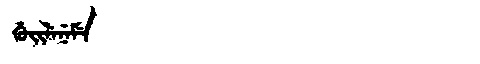
Manchu: ᡤᡠᡳᠯᡝᠨᡝᠮᡝ
Romanization: GUILENEME